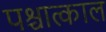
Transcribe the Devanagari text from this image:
पश्चात्काल